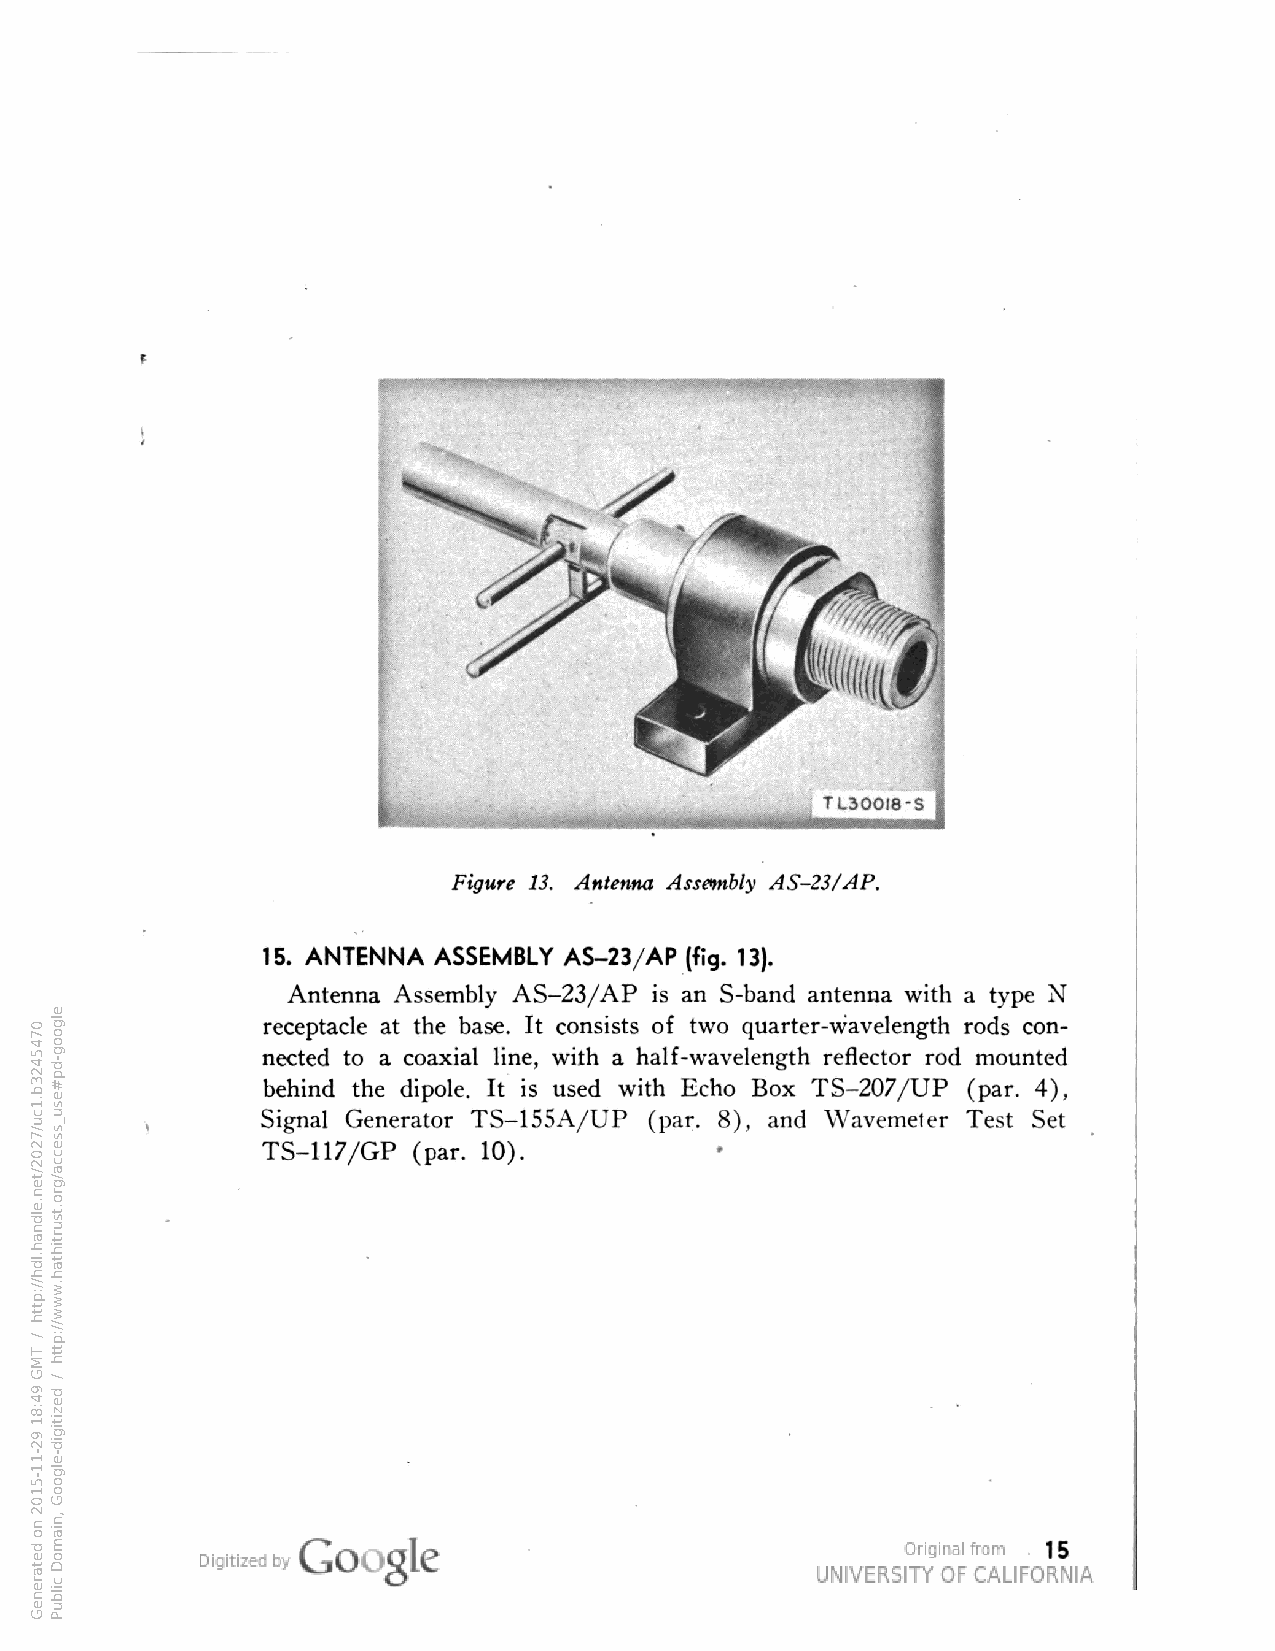
Figure 13. Antenna Assembly AS-23/AP.
 15. ANTENNA ASSEMBLY AS-23/AP (fig. 13).
 Antenna Assembly AS-23/AP is an S-band antenna with a type N
 receptacle at the base. It consists of two quarter-wavelength rods con
 nected to a coaxial line, with a half-wavelength reflector rod mounted
 behind the dipole. It is used with Echo Box TS-207/UP (par. 4),
 Signal Generator TS-155A/UP (par. 8), and Wavemeter Test Set
 TS-117/GP (par. 10).
 15
 0745423b.1cu/7202/ten.eldnah.ldh//:ptth
 /
 TMG
 94:81
 92-11-5102
 no
 detareneG
 elgoog-dp#esu_ssecca/gro.tsurtihtah.www//:ptth
 /
 dezitigid-elgooG
 ,niamoD
 cilbuP